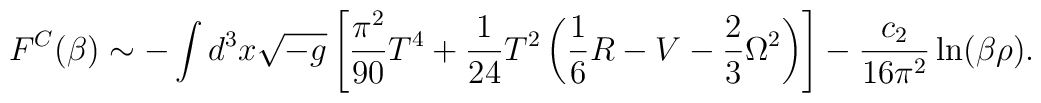
F^C(\beta)\sim -\int d^3x \sqrt{-g}\left[{\pi^2 \over 90}  T^4+ {1 \over 24} T^2\left(\frac 16 R-V-\frac 23 \Omega^2\right)\right]-{c_2 \over 16 \pi^2}\ln(\beta\rho).